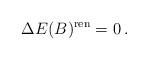
LaTeX: \begin{align*}\Delta E (B)^{\rm ren}=0 \,.\end{align*}